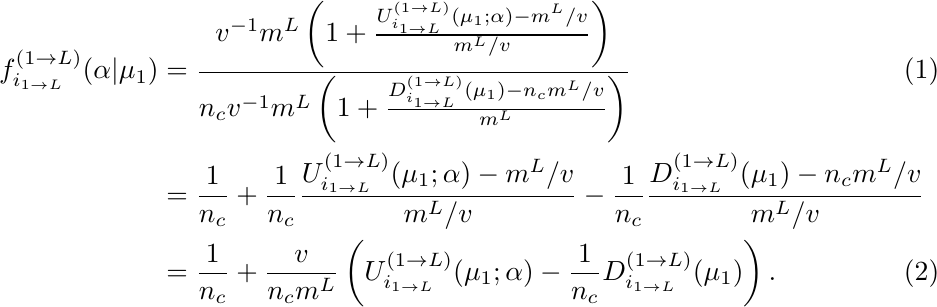
\begin{align}\label{eq:cond-freq-exp}
f^{(1\to L)}_{i_{1\to L}}(\alpha|\mu_1) &= \frac{v^{-1}m^L\left(1+\frac{U^{(1\to L)}_{i_{1\to L}}(\mu_1;\alpha)-m^L/v}{m^L/v}\right)}{n_c v^{-1} m^L \left(1+\frac{D^{(1\to L)}_{i_{1\to L}}(\mu_1)-n_c m^L / v}{m^L}\right)} \\
&= \frac{1}{n_c} + \frac{1}{n_c}\frac{U^{(1\to L)}_{i_{1\to L}}(\mu_1;\alpha)-m^L/v}{m^L/v} - \frac{1}{n_c}\frac{D^{(1\to L)}_{i_{1\to L}}(\mu_1)-n_c m^L / v}{m^L / v} \nonumber \\
&= \frac{1}{n_c} + \frac{v}{n_c m^L}\left(U^{(1\to L)}_{i_{1\to L}}(\mu_1;\alpha)-\frac{1}{n_c}D^{(1\to L)}_{i_{1\to L}}(\mu_1)\right).
\end{align}